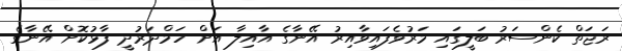
ރަޖަތް ކެންސަރު ބަލީގައި މަރުވެފައިވާއިރު އޭނާގެ އާއިލާ އަށް ހަމްދަރުދީ ފާޅުކޮށް އޭނާގެ